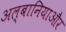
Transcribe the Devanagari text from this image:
अल्बानियाऔर